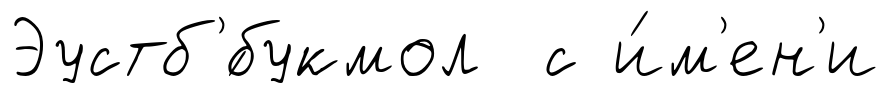
Эустб'́букмол с и́м'ен'и